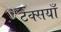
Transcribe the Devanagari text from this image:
टैक्सयाँ